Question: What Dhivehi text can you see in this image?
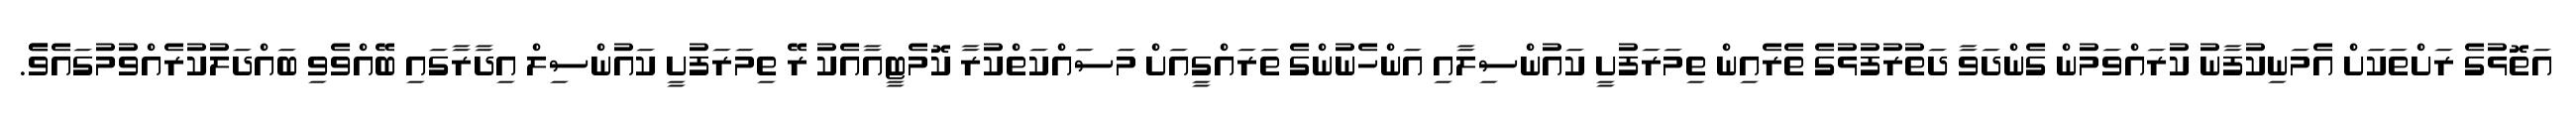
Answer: އަތޮޅުގެ ރަށްތަކަށް އެމަނިކުފާނު ކުރައްވަމުން ގެންދަވާ ދަތުރުފުޅުގެ ތެރެއިން ތިމަރަފުށީ ކައުންސިލާއި އަންހެނުންގެ ތަރައްގީއަށް މަސައްކަތްކުރާ ކޮމެޓީއާއެކު ރޭ ތިމަރަފުށީ ކައުންސިލް އިދާރާގައި ބޭއްވެވި ބައްދަލުކުރެއްވުމުގައެވެެ.